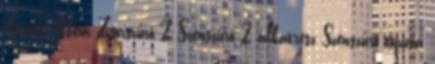
elszívás Nem Zsírszűrő 2 Szénszűrő 2 alkatrész Szénszűrő típusa